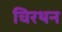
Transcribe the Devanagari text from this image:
चिरथन